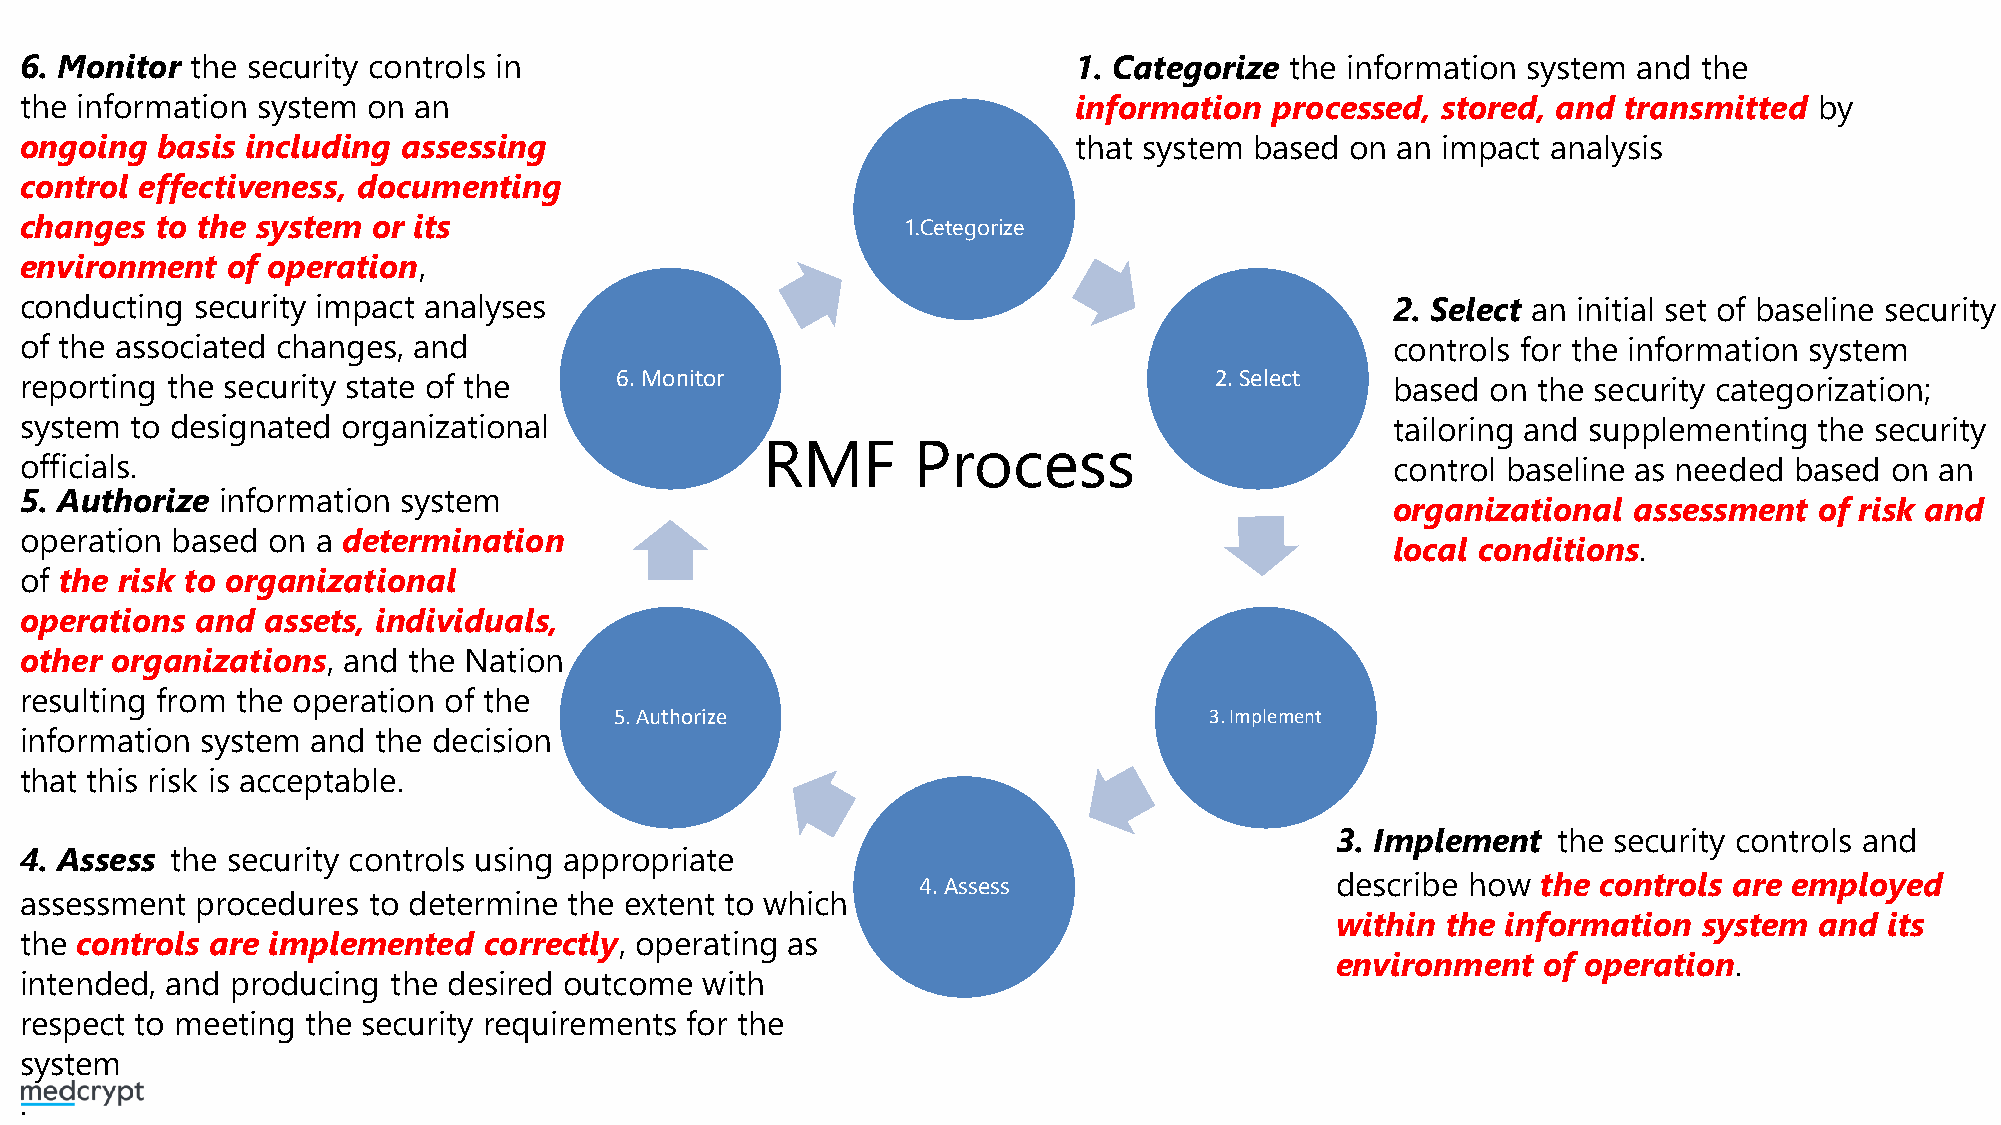
6. Monitor  the security controls in                                  1. Categorize the information system and  the
 the information system on an                                          information  processed, stored, and  transmitted by
 ongoing  basis including  assessing                                   that system based on an impact  analysis
 control effectiveness, documenting
 changes  to the system  or its                             1.Cetegorize
 environment   of operation,
 conducting  security impact analyses                                                       2. Select an initial set of baseline security
 of the associated changes, and                                                             controls for the information system
 reporting the security state of the     6. Monitor                             2. Select   based  on the security categorization;
 system  to designated organizational                                                       tailoring and supplementing the security
 RMF      Process
 officials.                                                                                 control baseline as needed based on an
 5. Authorize  information system
 organizational  assessment  of risk and
 process
 operation based  on a determination
 local conditions.
 of the risk to organizational
 operations  and assets, individuals,
 other organizations,  and the Nation
 resulting from the operation of the
 5. Authorize                           3. Implement
 information system  and the decision
 that this risk is acceptable.
 3. Implement   the security controls and
 4. Assess the security controls using appropriate
 4. Assess                  describe how  the controls are employed
 assessment  procedures to determine  the extent to which
 within  the information  system and  its
 the controls are implemented   correctly, operating as
 environment   of operation.
 intended, and producing  the desired outcome with
 respect to meeting the security requirements for the
 system
 .